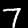
Digit: 7